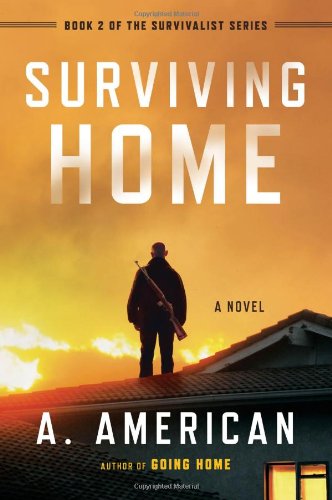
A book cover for Surviving Home: A Novel (The Survivalist Series); A. American; Science Fiction & Fantasy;